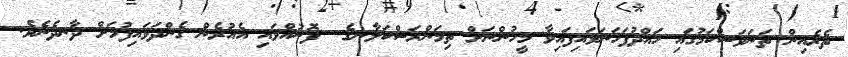
ތެރެއިން ތަނަވަސްކަމުގައި ހައްދުފަހަނަޅައިފައިވާ މީހުންނަށް ތިމަންރަސްކަލާނގެ  ފޮނުއްވައި އެއުރެން ގެންދަވައިފުމަށް ދާނދެނެވެ.